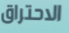
الاحتراق